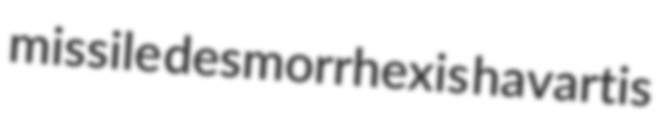
missile desmorrhexis havartis